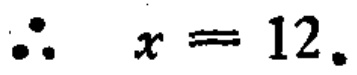
\(\therefore x = 12.\)